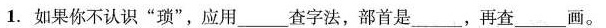
1. 如果你不认识”琐”，应用___查字法，部首是___，再查___画。